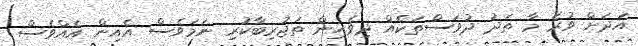
އަދަށް ވުރެ މާ ތަދު ދުވަސްތަކެއް ދިވެހިން ތަޖުރިބާކުރި ނަމަވެސް އެއިން އެއްވެސް